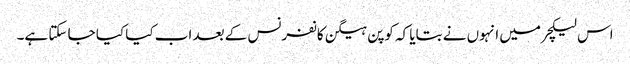
اس لیکچرمیں انہوں نے بتایا کہ کوپن ہیگن کانفرنس کے بعد اب کیا کیا جا سکتا ہے۔